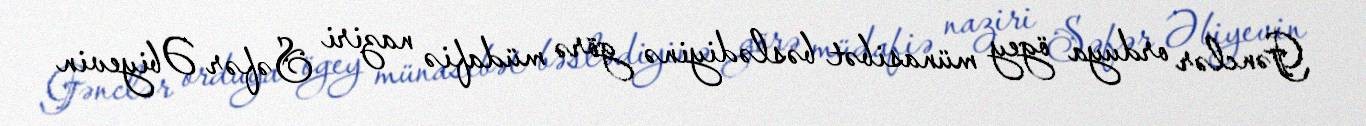
Gənclər orduya ögey münasibət bəslədiyinə görə müdafiə naziri Səfər Əbiyevin